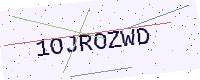
Text: 1OJROZWD